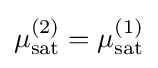
\mu _{\mathrm {sat} }^{(2)}=\mu _{\mathrm {sat} }^{(1)}